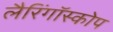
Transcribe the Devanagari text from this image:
लैरिंगॉस्कोप